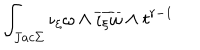
\int _ { J a c \Sigma } \iota _ { \xi } \omega \wedge \overline { { { \iota _ { \xi } \omega } } } \wedge t ^ { r - 1 }